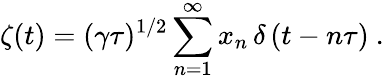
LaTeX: \zeta(t)=(\gamma\tau)^{1/2}\sum_{n=1}^{\infty}x_{n}\, \delta\left(t-n\tau\right)\ .